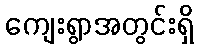
ကျေးရွာအတွင်းရှိ